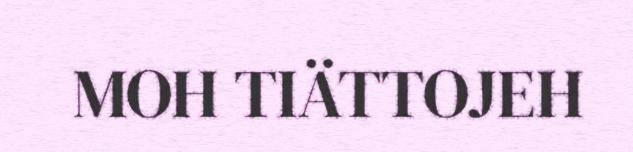
MOH TIÄTTOJEH